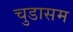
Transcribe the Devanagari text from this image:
चुडासम